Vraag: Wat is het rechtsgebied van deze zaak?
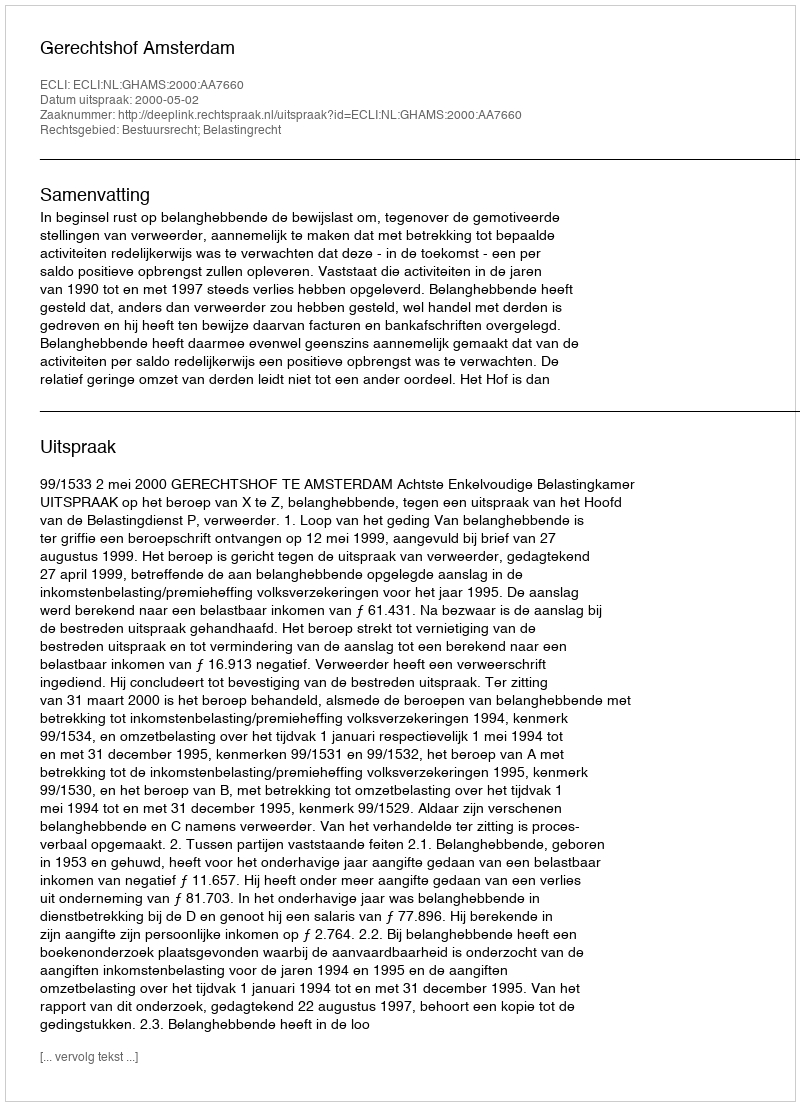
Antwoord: Bestuursrecht; Belastingrecht